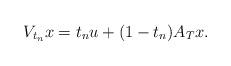
LaTeX: \begin{align*}V_{t_n}x=t_n u+(1-t_n)A_Tx.\end{align*}